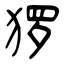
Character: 猡